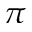
\pi